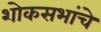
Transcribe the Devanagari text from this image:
शोकसभांचे